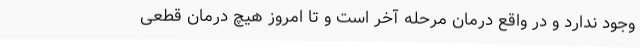
وجود ندارد و در واقع درمان مرحله آخر است و تا امروز هیچ درمان قطعی